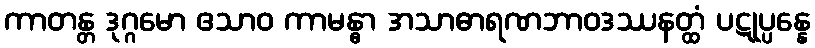
ကာတန္တ ဒုဂ္ဂမော ဧသာဝ ကာမန္ဓာ အသာဓာရဏဘာဝဒဿနတ္ထံ ပဋုပ္ပန္နေ